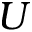
U